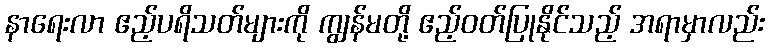
နာရေးလာ ဧည့်ပရိသတ်များကို ကျွန်မတို့ ဧည့်ဝတ်ပြုနိုင်သည့် အရာမှာလည်း